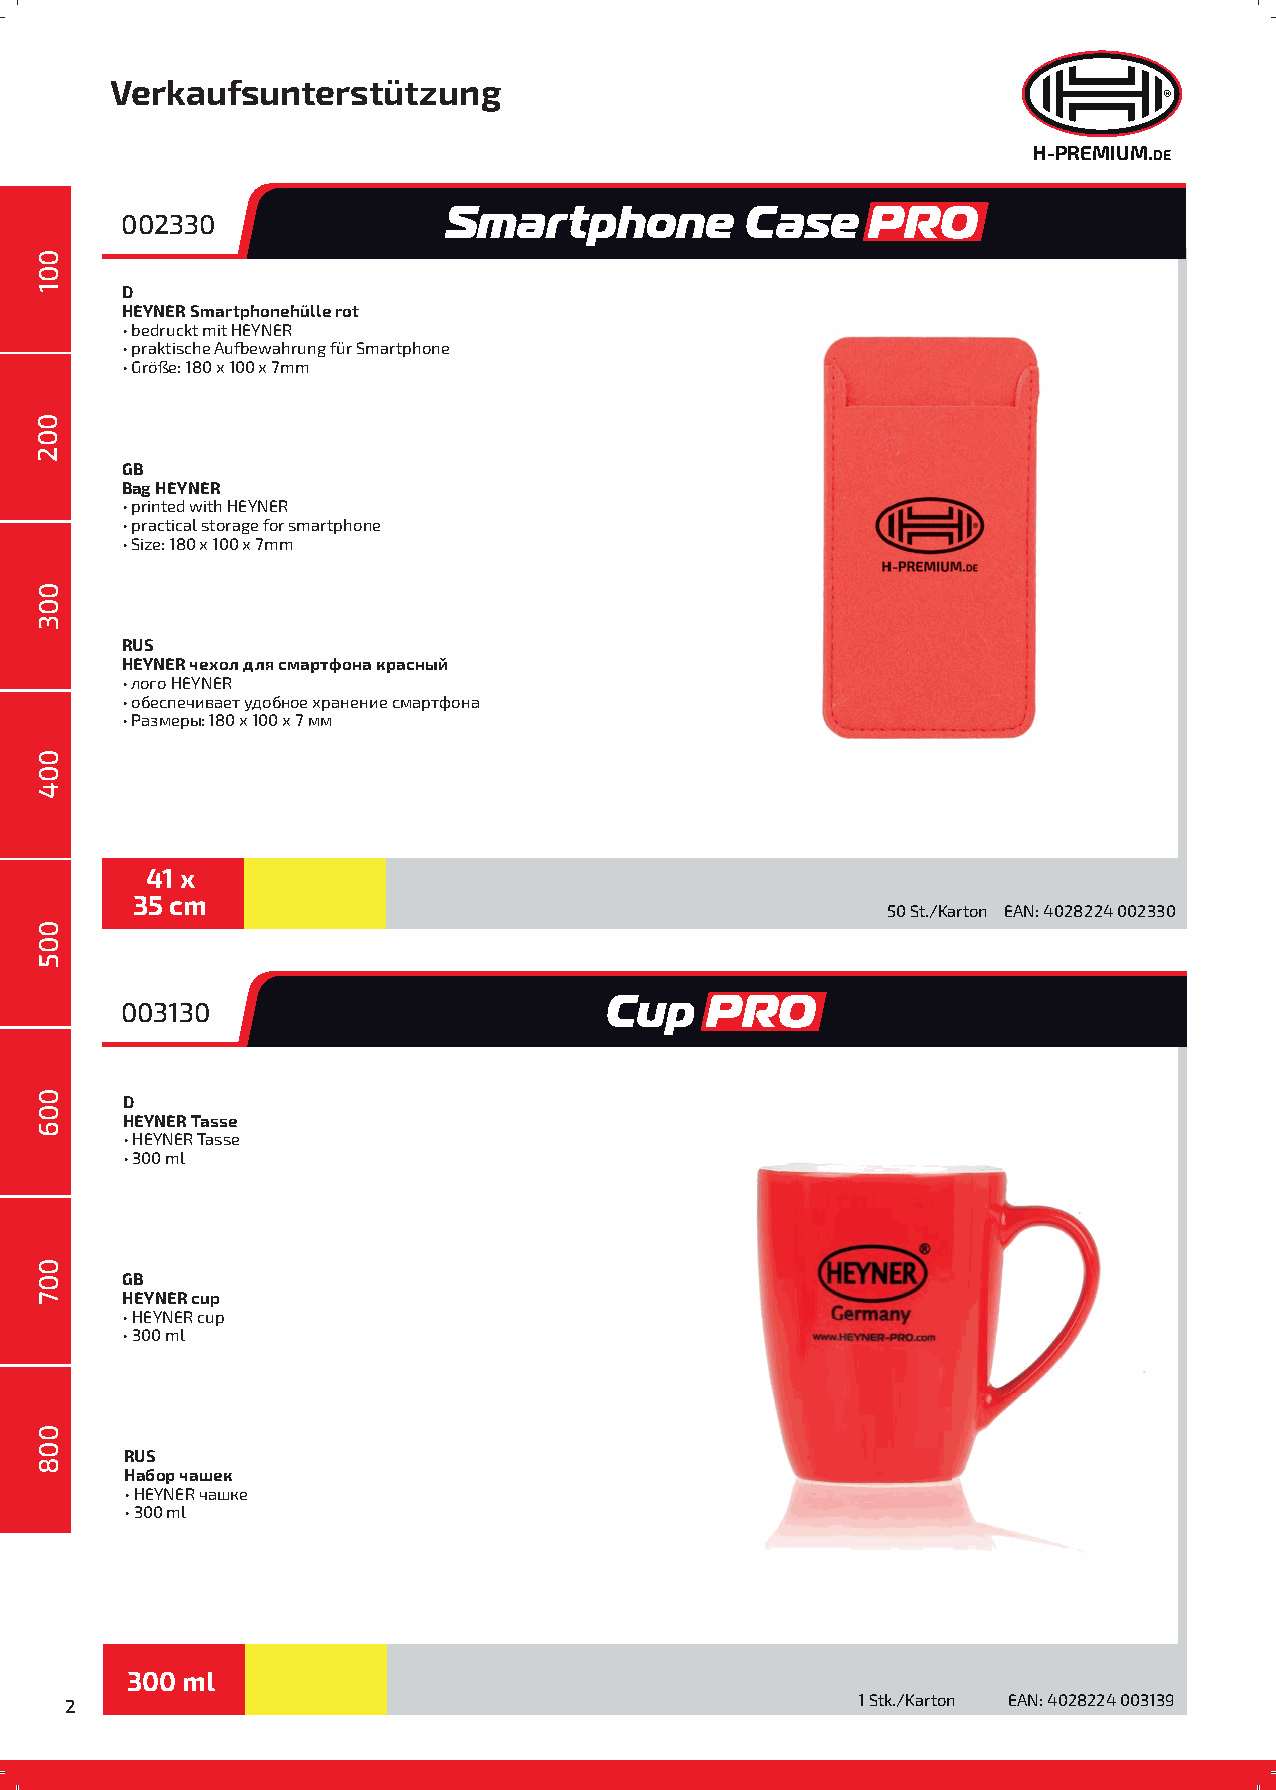
Verkaufsunterstützung
 H-PREMIUM.DE
 Smartphone          Case    PRO
 002330
 D
 HEYNER Smartphonehülle rot
 • bedruckt mit HEYNER
 • praktische Aufbewahrung für Smartphone
 • Größe: 180 x 100 x 7mm
 GB
 Bag HEYNER
 • printed with HEYNER
 • practical storage for smartphone
 • Size: 180 x 100 x 7mm
 RUS
 HEYNER чехол для смартфона красный
 • лого HEYNER
 • обеспечивает удобное хранение смартфона
 • Размеры: 180 x 100 x 7 мм
 41 x
 35 cm
 50 St./Karton EAN:4028224 002330
 Cup    PRO
 003130
 D
 HEYNER Tasse
 • HEYNER Tasse
 • 300 ml
 GB
 HEYNER cup
 • HEYNER cup
 • 300 ml
 RUS
 Набор чашек
 • HEYNER чашке
 • 300 ml
 300 ml
 2                                                    1 Stk./Karton EAN: 4028224 003139
 001
 001
 002
 003
 004
 005
 006
 007
 008